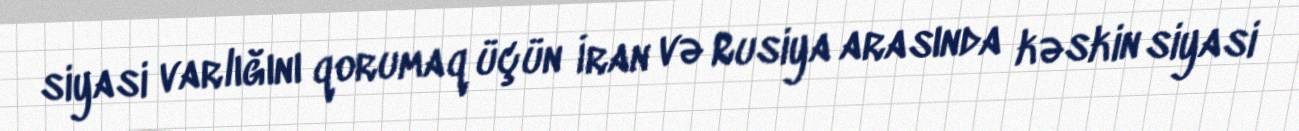
siyasi varlığını qorumaq üçün İran və Rusiya arasında kəskin siyasi